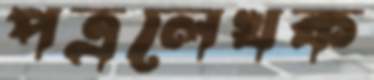
পত্রলেখক